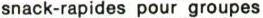
snack-rapides pour groupes